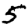
Digit: 5